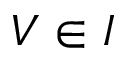
V \in I